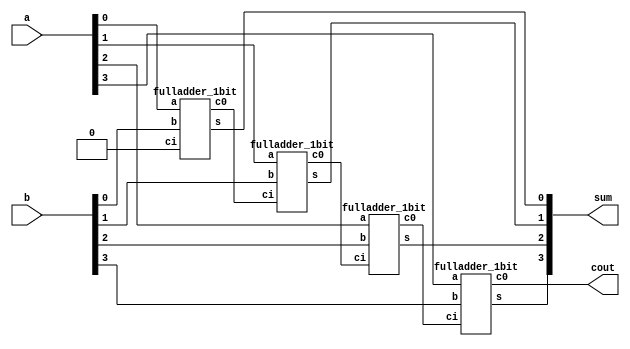
`timescale 1ns / 1ps
//////////////////////////////////////////////////////////////////////////////////
// Company: 
// Engineer: 
// 
// Design Name: 
// Module Name:    four_bit_full_adder 
// Project Name: 
// Target Devices: 
// Tool versions: 
// Description: 
//
// Dependencies: 
//
// Revision: 
// Revision 0.01 - File Created
// Additional Comments: 
//
//////////////////////////////////////////////////////////////////////////////////
module four_bit_full_adder(
	input [3:0] a,
	input [3:0] b,
	output [3:0] sum,
	output cout
	);
	wire c1, c2, c3;
	
	fulladder_1bit u0(a[0], b[0], 1'b0, sum[0], c1);
	fulladder_1bit u1(a[1], b[1], c1, sum[1], c2);
	fulladder_1bit u2(a[2], b[2], c2, sum[2], c3);
	fulladder_1bit u3(a[3], b[3], c3, sum[3], cout);

endmodule


module fulladder_1bit(
	input a,
	input b,
	input ci,
	output s,
	output c0
	);
	
	// assign {c0, s} = a + b + ci;
	assign c0 = ((a + b + ci) & 2'b10) >> 1;
	assign s  = (a + b + ci) & 1'b1;
	
endmodule